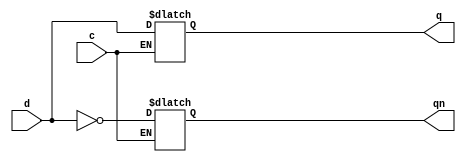
`timescale 1ns / 1ps

module d_latch(d,c,q,qn);

input[3:0] d;
input c;
output reg[3:0] q;
output reg[3:0] qn;

always @ (d or c)
if(c) {q,qn} <= {d,~d};

endmodule